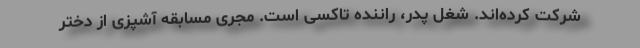
شرکت کرده‌اند. شغل پدر، راننده تاکسی است. مجری مسابقه آشپزی از دختر